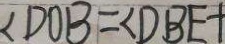
\angle D O B = \angle D B E +